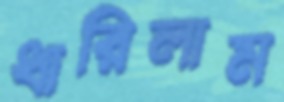
ধারিলাম